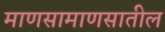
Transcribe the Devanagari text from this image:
माणसामाणसातील